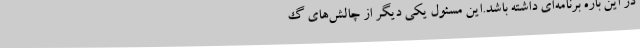
در این باره برنامه‌ای داشته باشد.این مسئول یکی دیگر از چالش‌های گ